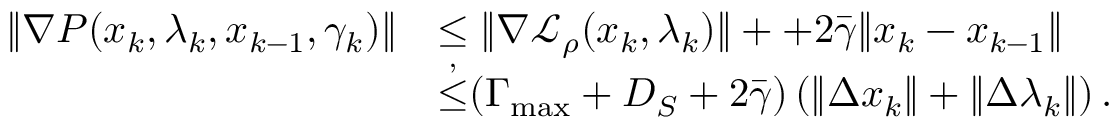
\begin{array} { r l } { \| \nabla { P } ( x _ { k } , \lambda _ { k } , x _ { k - 1 } , \gamma _ { k } ) \| } & { \leq \| \nabla { \mathcal { L } _ { \rho } } ( x _ { k } , \lambda _ { k } ) \| + + 2 \bar { \gamma } \| x _ { k } - x _ { k - 1 } \| } \\ & { { \overset { { , } } { \leq } } ( \Gamma _ { \mathrm { m a x } } + D _ { S } + 2 \bar { \gamma } ) \left( \| \Delta x _ { k } \| + \| \Delta \lambda _ { k } \| \right) . } \end{array}